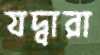
যদ্বারা